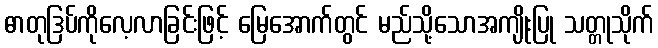
ဓာတုဒြပ်ကိုလေ့လာခြင်းဖြင့် မြေအောက်တွင် မည်သို့သောအကျိုးပြု သတ္တုသိုက်